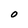
Character: o